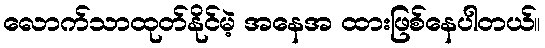
လောက်သာထုတ်နိုင်မဲ့ အနေအ ထားဖြစ်နေပါတယ်။